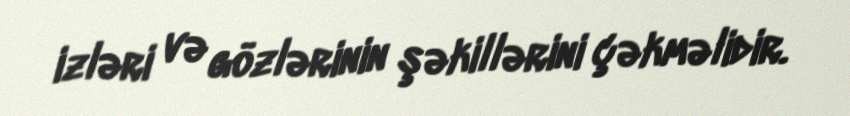
izləri və gözlərinin şəkillərini çəkməlidir.